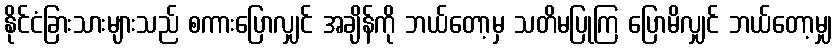
နိုင်ငံခြားသားများသည် စကားပြောလျှင် အချိန်ကို ဘယ်တော့မှ သတိမပြုကြ ပြောမိလျှင် ဘယ်တော့မျှ